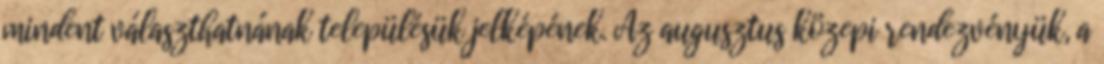
mindent választhatnának településük jelképének. Az augusztus közepi rendezvényük, a